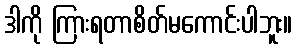
ဒါကို ကြားရတာစိတ်မကောင်းပါဘူး။